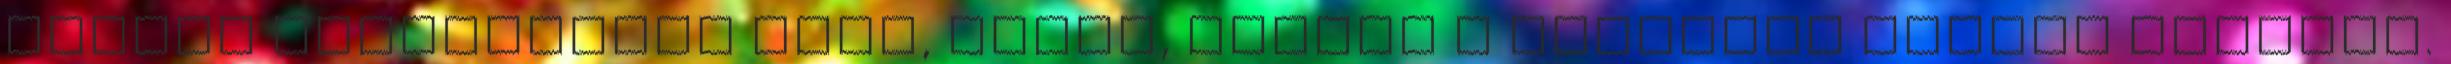
elsőre tökéleteset írni, olyat, amiért a közönség szinte megvész.